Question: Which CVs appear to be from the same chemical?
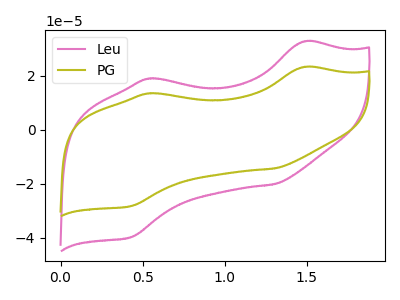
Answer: <think>The pink curve "Leu" has anodic peaks at (1.50V, 32.65uA) (0.55V, 18.95uA) and cathodic peaks at (1.30V, -20.15uA) (0.45V, -39.75uA). The olive curve "PG" has anodic peaks at (1.50V, 23.20uA) (0.55V, 13.45uA) and cathodic peaks at (1.30V, -14.30uA) (0.45V, -28.25uA).
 All the peaks in "Leu" have a peak in "PG" at the same potential. Every peak in "Leu" is higher than every peak in "PG".</think>
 <answer>"Leu" and "PG" have the same shape and are likely CV's of the same chemical.</answer>
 <eval>"Leu" "PG"</eval>